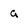
Character: a